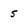
Character: 5